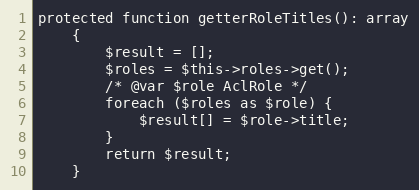
Language: PHP
protected function getterRoleTitles(): array
	{
		$result = [];
		$roles = $this->roles->get();
		/* @var $role AclRole */
		foreach ($roles as $role) {
			$result[] = $role->title;
		}
		return $result;
	}